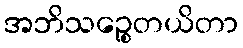
အဘိသဉ္စေတယိတာ